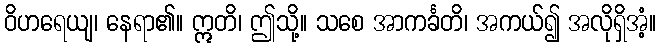
ဝိဟရေယျ၊ နေရာ၏။ ဣတိ၊ ဤသို့။ သစေ အာကင်္ခတိ၊ အကယ်၍ အလိုရှိအံ့။